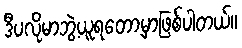
ဒီပလိုမာဘွဲ့ယူရတော့မှာဖြစ်ပါတယ်။